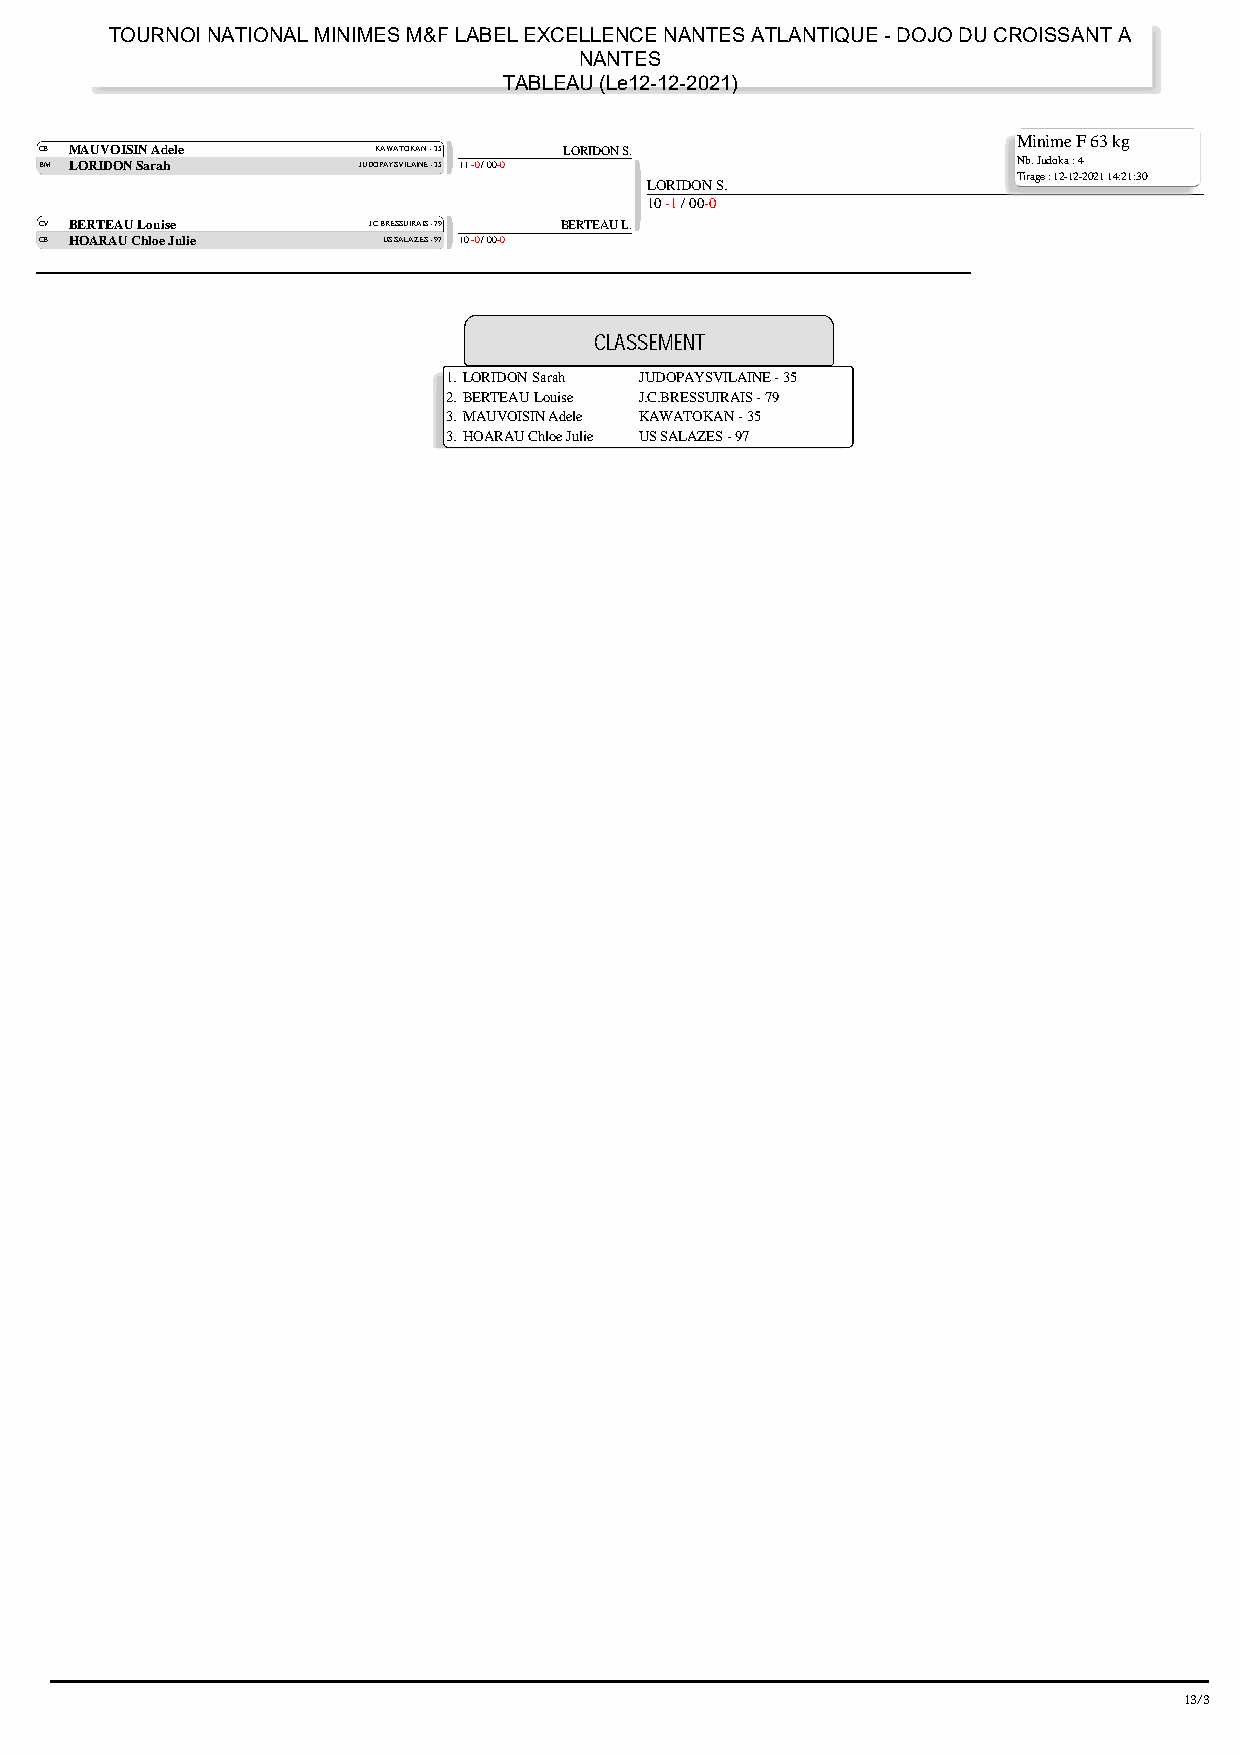
TOURNOI NATIONAL MINIMES M&F LABEL EXCELLENCE NANTES ATLANTIQUE - DOJO DU CROISSANT A
 NANTES
 TABLEAU (Le12-12-2021)
 Minime F 63 kg
 CB MAUVOISIN Adele    KAWATOKAN - 35 LORIDON S.
 BM LORIDON Sarah     JUDOPAYSVILAINE - 35 11 -0 / 00-0          Nb. Judoka : 4
 Tirage : 12-12-2021 14:21:30
 LORIDON S.
 10 -1 / 00-0
 CV BERTEAU Louise    J.C.BRESSUIRAIS - 79 BERTEAU L.
 CB HOARAU Chloe Julie US SALAZES - 97 10 -0 / 00-0
 CLASSEMENT
 1.LORIDON Sarah JUDOPAYSVILAINE - 35
 2.BERTEAU Louise J.C.BRESSUIRAIS - 79
 3.MAUVOISIN Adele KAWATOKAN - 35
 3.HOARAU Chloe Julie US SALAZES - 97
 13/37